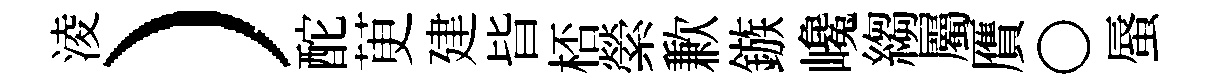
淩）酡茰建𣅜桮縈歉鏃巉縐屬贋〇蜃